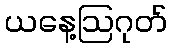
ယနေ့ဩဂုတ်